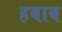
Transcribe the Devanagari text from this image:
हबाब